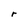
Character: r